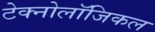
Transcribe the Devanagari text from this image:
टेक्नोलॉजिकल